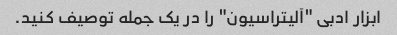
ابزار ادبی "آلیتراسیون" را در یک جمله توصیف کنید.